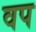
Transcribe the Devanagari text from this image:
वप